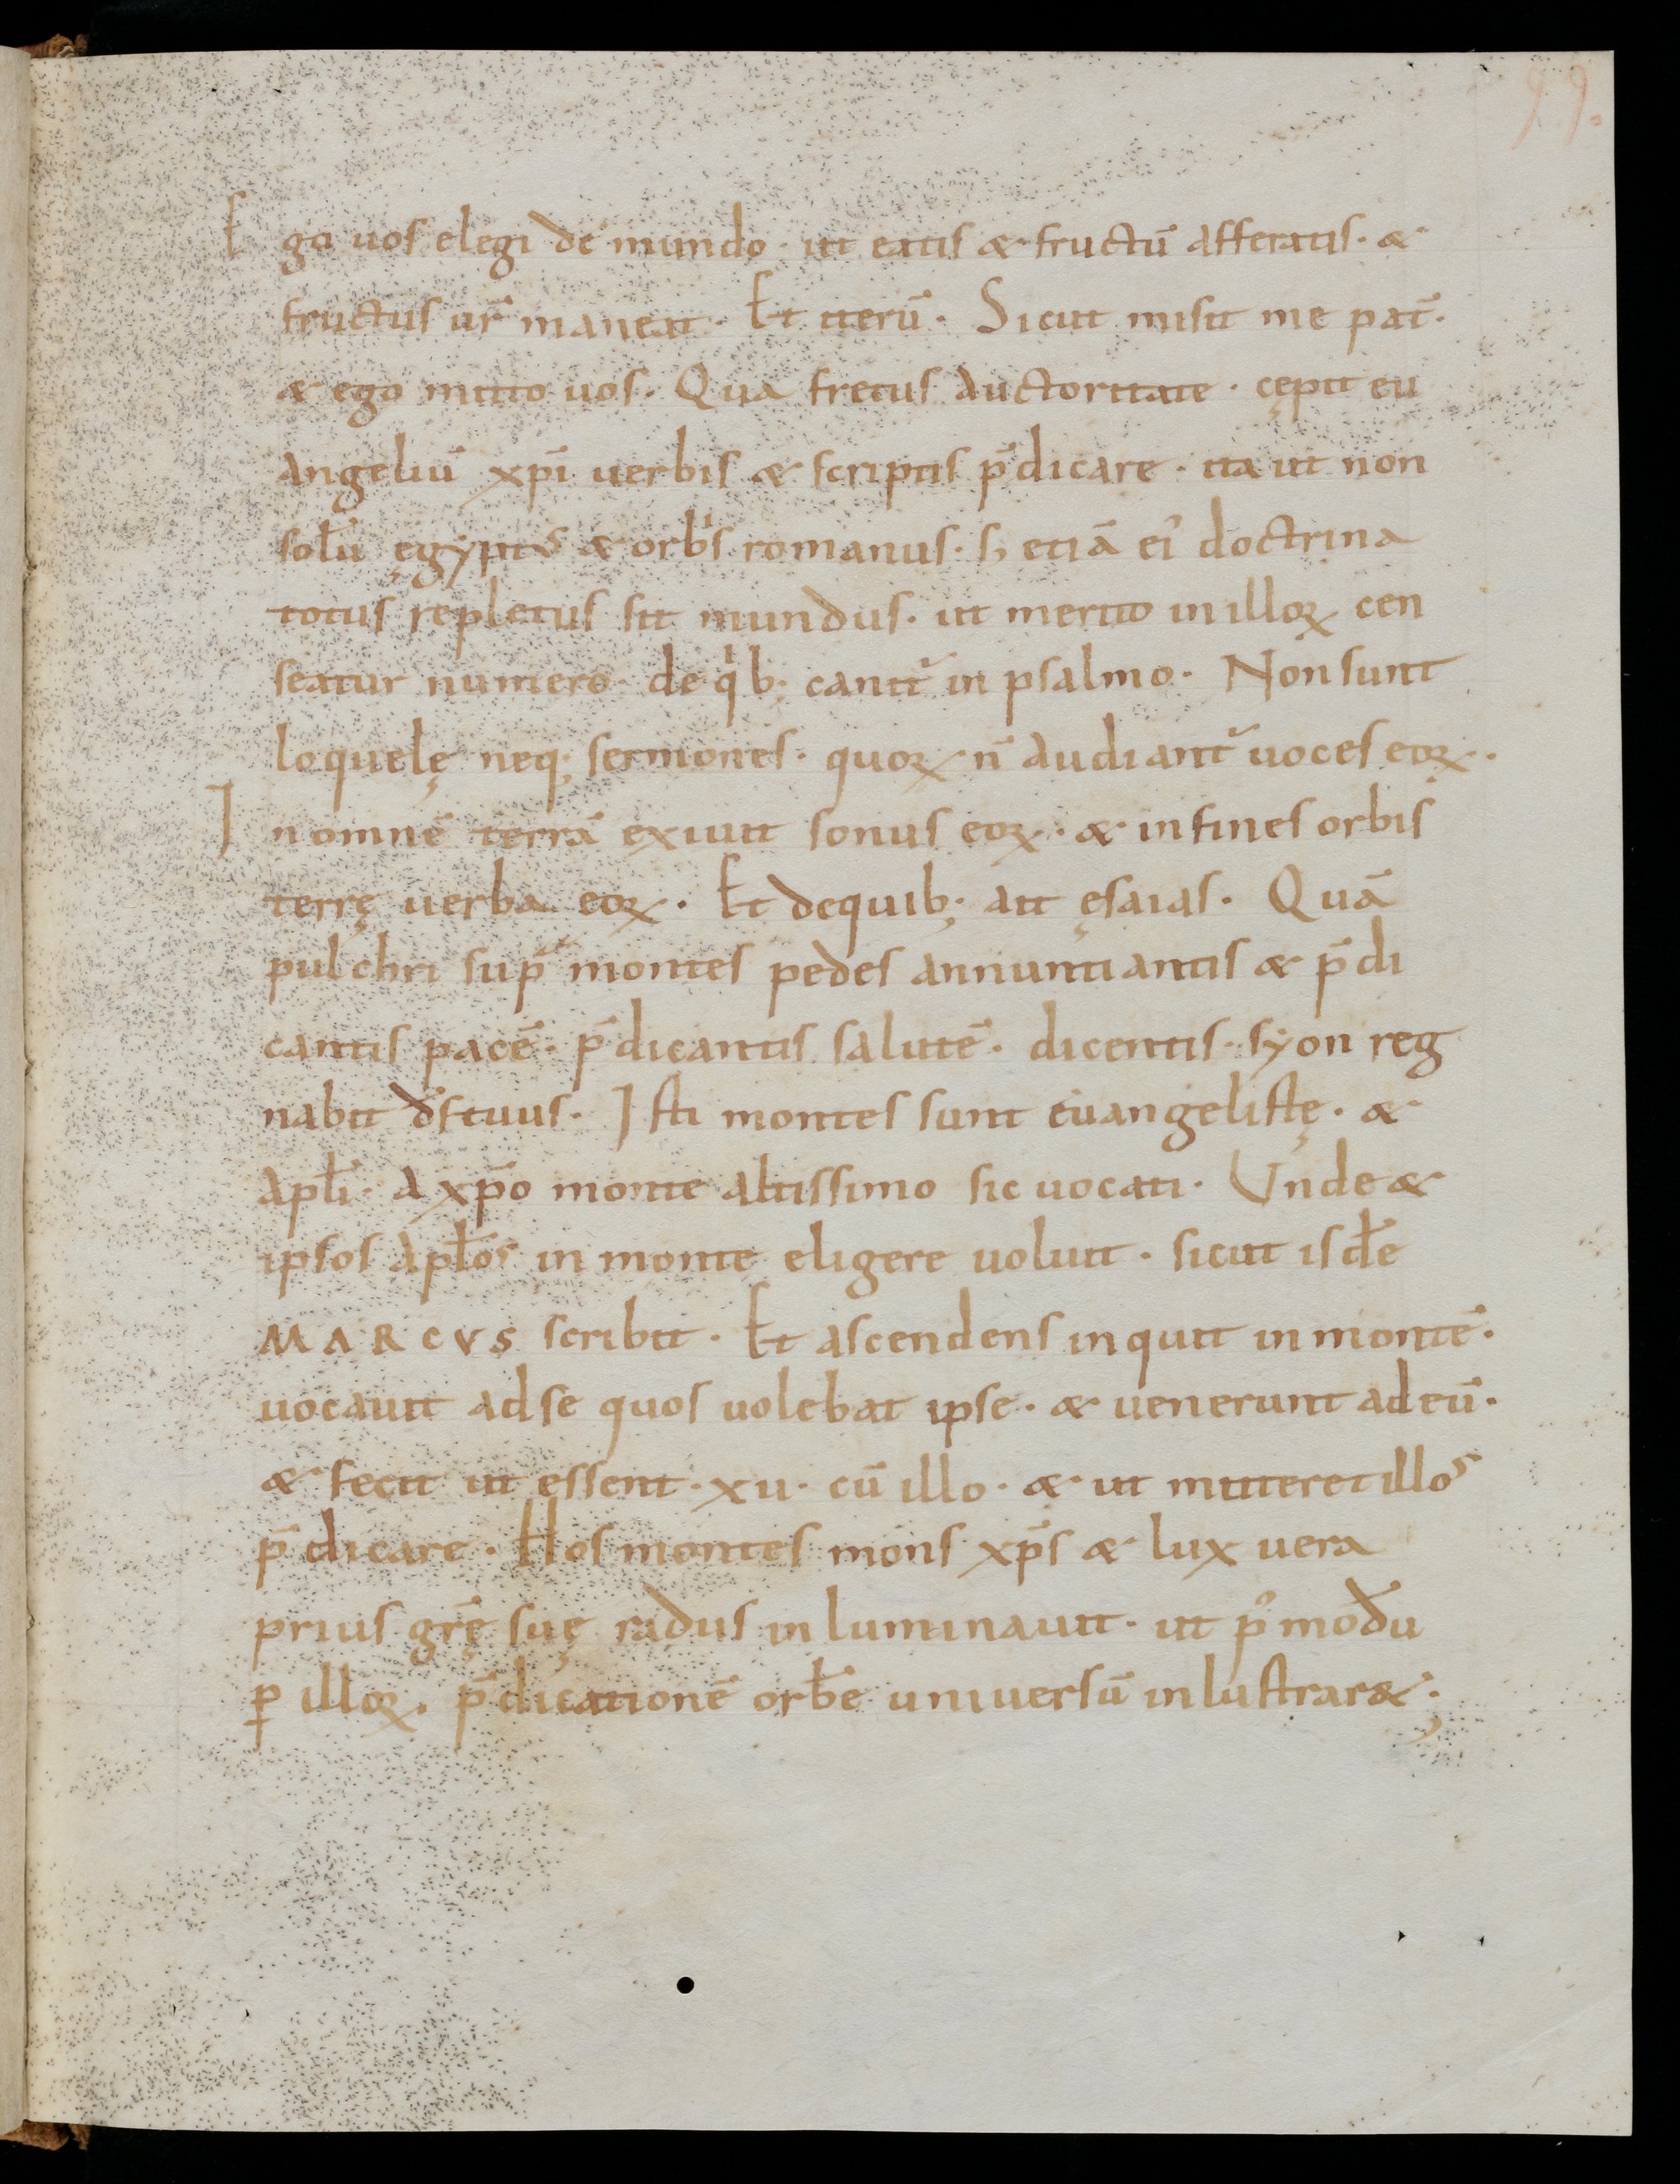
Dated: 1000–1099